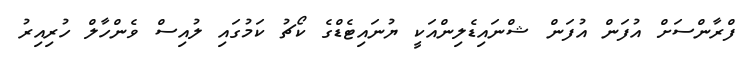
ފްރާންސަށް އުފަން އުފަން ޝްނައިޑެލިންއަކީ ޔުނައިޓެޑްގެ ކޯޗު ކަމުގައި ލުއިސް ވެންހާލް ހުރިއިރު